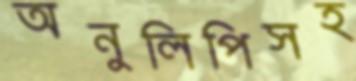
অনুলিপিসহ